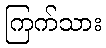
ကြက်သား